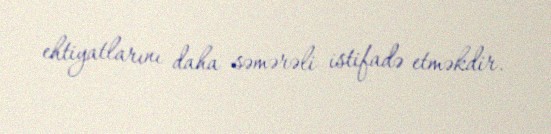
ehtiyatlarını daha səmərəli istifadə etməkdir.